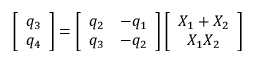
\left[ \begin{array} { c } { q _ { 3 } } \\ { q _ { 4 } } \end{array} \right] = \left[ \begin{array} { c c } { q _ { 2 } } & { - q _ { 1 } } \\ { q _ { 3 } } & { - q _ { 2 } } \end{array} \right] \left[ \begin{array} { c } { X _ { 1 } + X _ { 2 } } \\ { X _ { 1 } X _ { 2 } } \end{array} \right]